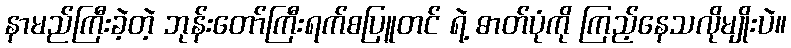
နာမည်ကြီးခဲ့တဲ့ ဘုန်းတော်ကြီးရက်စပြူတင် ရဲ့ ဓာတ်ပုံကို ကြည့်နေသလိုမျိုးပဲ။